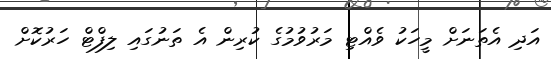
އަދި އެތަނަށް މީހަކު ވެއްޓި މަރުވުމުގެ ކުރިން އެ ތަނުގައި ލިފްޓް ހަރުކޮށް